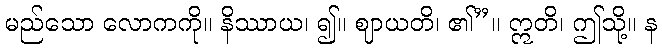
မည်သော လောကကို။ နိဿာယ၊ ၍။ ဈာယတိ၊ ၏”။ ဣတိ၊ ဤသို့။ န